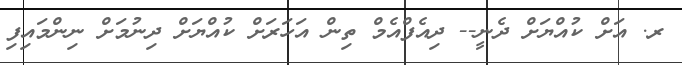
ރ. އަށް ކުއްޔަށް ދެނީ-- ދިއެފްއެމް ތިން އަހަރަށް ކުއްޔަށް ދިނުމަށް ނިންމައިފި